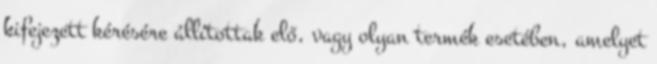
kifejezett kérésére állítottak elő, vagy olyan termék esetében, amelyet